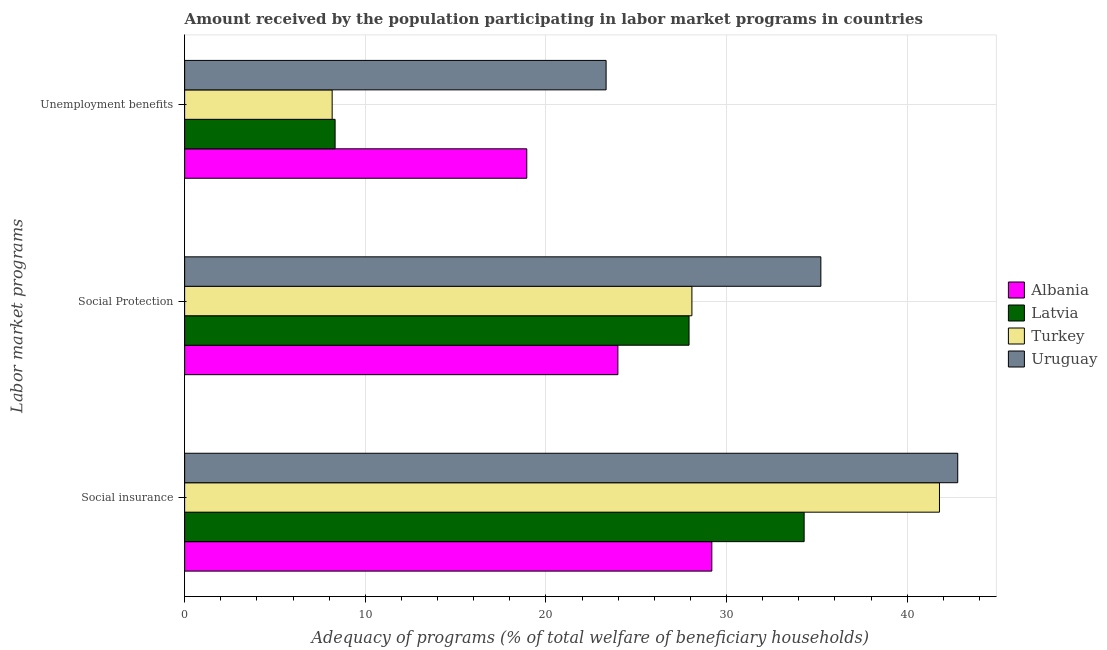
| Labor market programs | Albania | Latvia | Turkey | Uruguay |
 | --- | --- | --- | --- | --- |
 | Social insurance | 29.2 | 34.3 | 41.8 | 42.8 |
 | Social Protection | 24 | 27.9 | 28.1 | 35.2 |
 | Unemployment benefits | 18.9 | 8.33 | 8.17 | 23.3 |